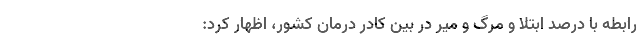
رابطه با درصد ابتلا و مرگ و میر در بین کادر درمان کشور، اظهار کرد: